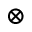
\otimes